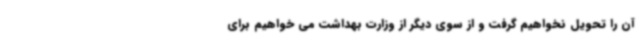
آن را تحویل نخواهیم گرفت و از سوی دیگر از وزارت بهداشت می خواهیم برای